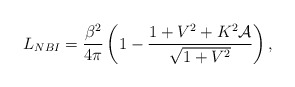
\begin{align*}L_{NBI}=\frac{\beta^2}{4\pi}\left(1-\frac{1+V^2+K^2\mathcal{A}}{\sqrt{1+V^2}}\right),\end{align*}